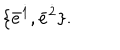
LaTeX: \{ \bar { e } ^ { \dot { 1 } } , \bar { e } ^ { \dot { 2 } } \} .